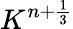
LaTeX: K^{n+\frac{1}{3}}